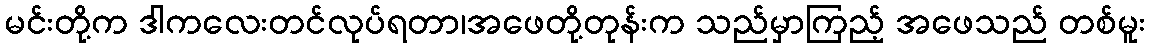
မင်းတို့က ဒါကလေးတင်လုပ်ရတာ၊အဖေတို့တုန်းက သည်မှာကြည့် အဖေသည် တစ်မူး